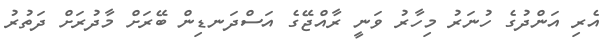
އެރި އަންދުގެ ހުނަރު މިހާރު ވަނީ ރާއްޖޭގެ އަސްދަނޑިން ބޭރަށް މާދުރަށް ދަތުރު